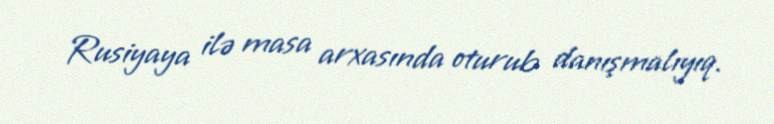
Rusiyaya ilə masa arxasında oturub danışmalıyıq.